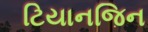
ટિયાનજિન